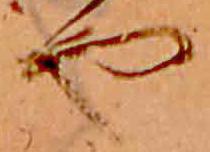
や